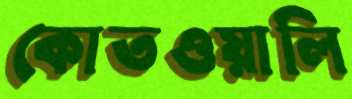
কোতওয়ালি